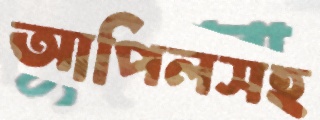
আপিলসহ